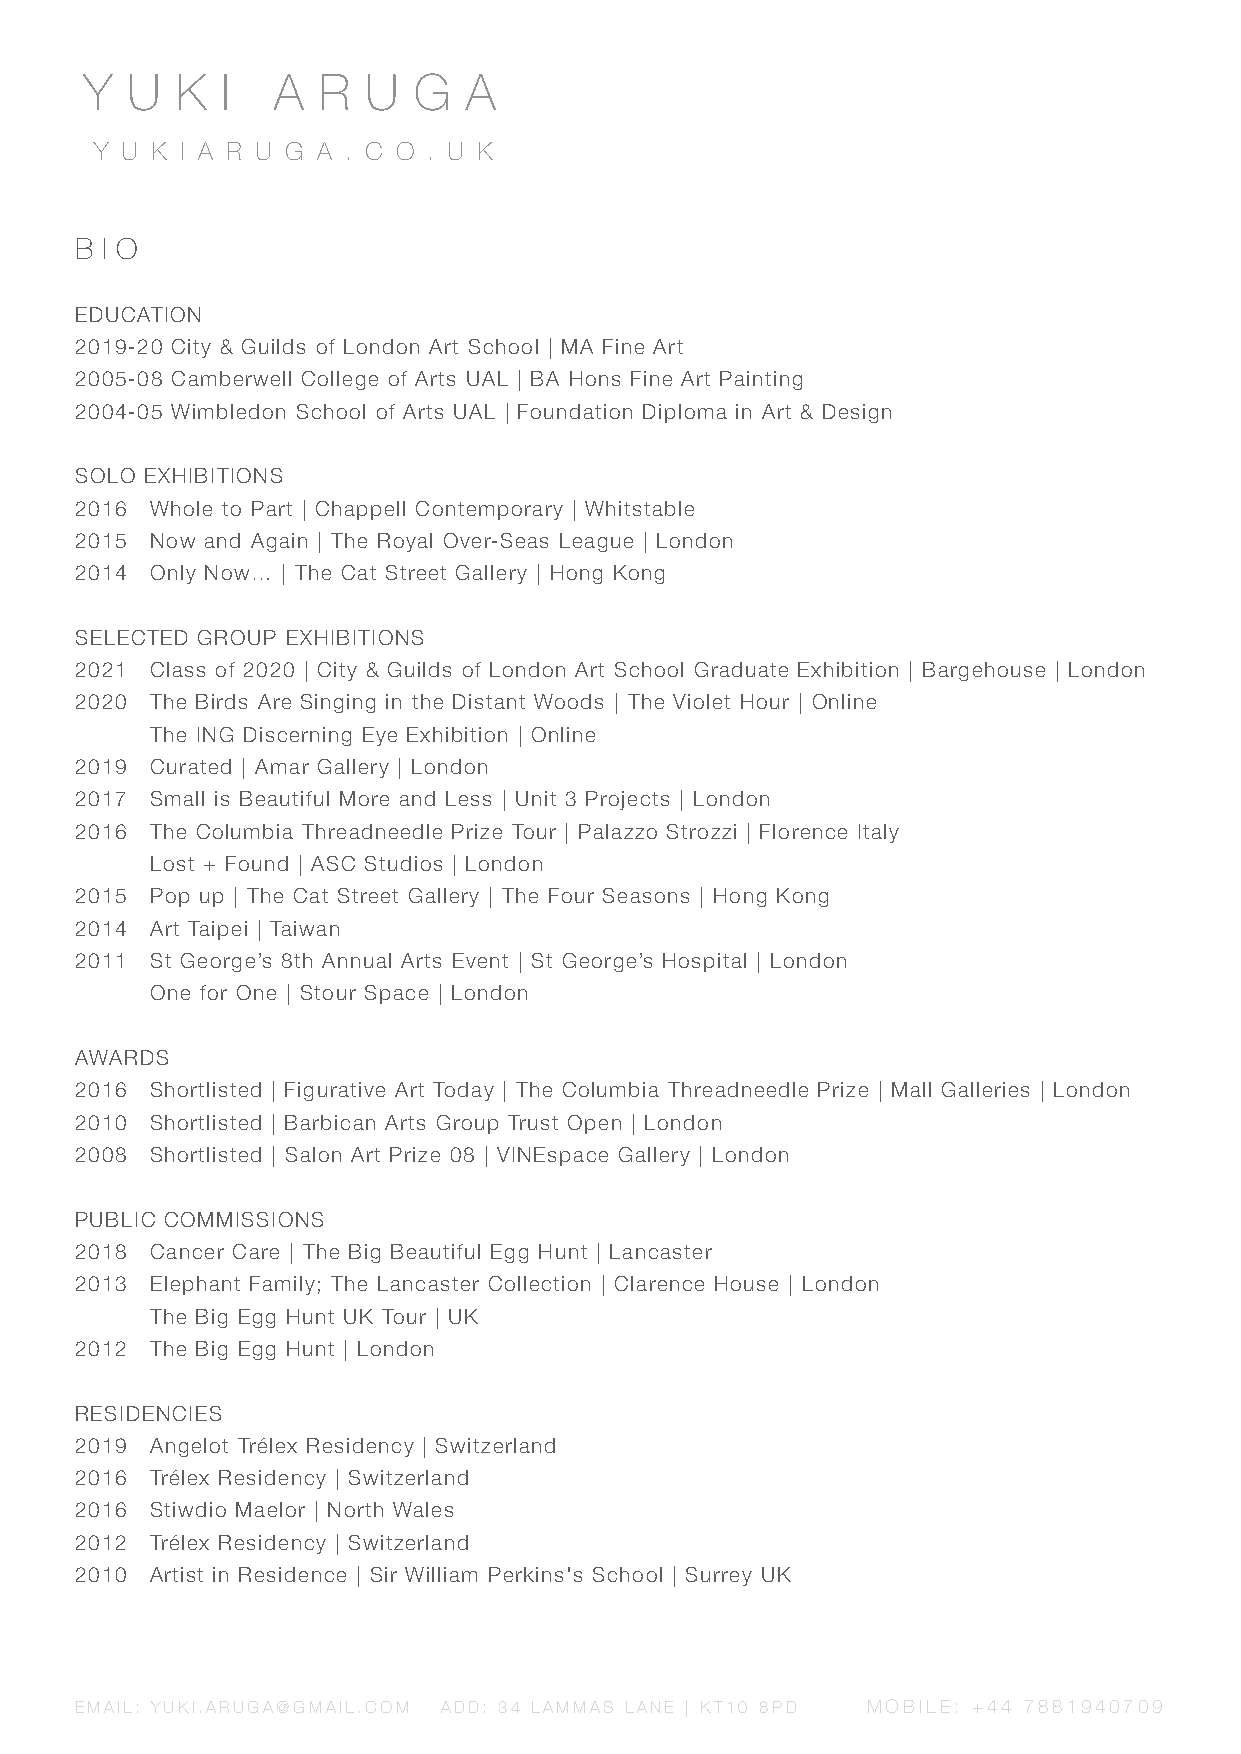
Y U   K  I  A  R  U  G   A
 Y U K I A R U G A . C O . U K
 B I O
 EDUCATION
 2019-20 City & Guilds of London Art School | MA Fine Art
 2005-08 Camberwell College of Arts UAL | BA Hons Fine Art Painting
 2004-05 Wimbledon School of Arts UAL | Foundation Diploma in Art & Design
 SOLO EXHIBITIONS
 2016 Whole to Part | Chappell Contemporary | Whitstable
 2015 Now and Again | The Royal Over-Seas League | London
 2014 Only Now… | The Cat Street Gallery | Hong Kong
 SELECTED GROUP EXHIBITIONS
 2021 Class of 2020 | City & Guilds of London Art School Graduate Exhibition | Bargehouse | London
 2020 The Birds Are Singing in the Distant Woods | The Violet Hour | Online
 The ING Discerning Eye Exhibition | Online
 2019 Curated | Amar Gallery | London
 2017 Small is Beautiful More and Less | Unit 3 Projects | London
 2016 The Columbia Threadneedle Prize Tour | Palazzo Strozzi | Florence Italy
 L|o AsSt C+ FSotuudnidos | London
 2015 Pop up | The Cat Street Gallery | The Four Seasons | Hong Kong
 2014 Art Taipei | Taiwan
 2011 St George’s 8th Annual Arts Event | St George’s Hospital | London
 |S Ltoounrd Sonpace |One fo r One
 AWARDS
 2016 Shortlisted | Figurative Art Today | The Columbia Threadneedle Prize | Mall Galleries | London
 2010 Shortlisted | Barbican Arts Group Trust Open | London
 2008 Shortlisted | Salon Art Prize 08 | VINEspace Gallery | London
 PUBLIC COMMISSIONS
 2018 Cancer Care | The Big Beautiful Egg Hunt | Lancaster
 2013 Elephant Family; The Lancaster Collection | Clarence House | London
 ThUeK Big Egg H|unt U K Tour
 2012 The Big Egg Hunt | London
 RESIDENCIES
 2019 Angelot Trélex Residency | Switzerland
 2016 Trélex Residency | Switzerland
 2016 Stiwdio Maelor | North Wales
 2012 Trélex Residency | Switzerland
 2010 Artist in Residence | Sir William Perkins's School | Surrey UK
 EMAIL: YUKI.ARUGA@GMAIL.COM ADD: 34 LAMMAS LANE | KT10 8PD MOBILE: +44 7881940709